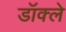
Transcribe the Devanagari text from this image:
डॉक्ले